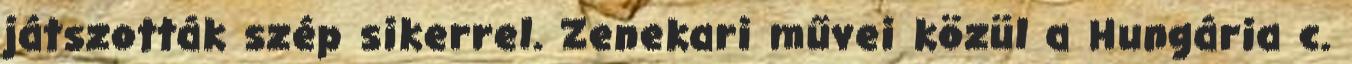
játszották szép sikerrel. Zenekari művei közül a Hungária c.